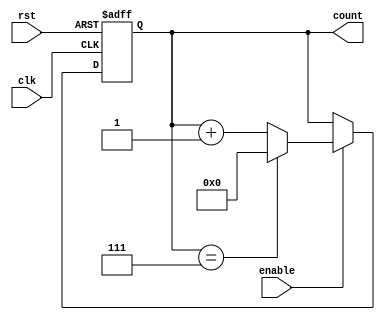
module mod_n_up_counter (
  input wire clk,
  input wire rst,
  input wire enable,
  output reg [N-1:0] count
);

parameter N = 8; // Define the value of N 

always @ (posedge clk or posedge rst) begin
  if (rst) begin
    count <= 0;
  end else begin
    if (enable) begin
      if (count == N-1) begin
        count <= 0;
      end else begin
        count <= count + 1;
      end
    end
  end
end

endmodule